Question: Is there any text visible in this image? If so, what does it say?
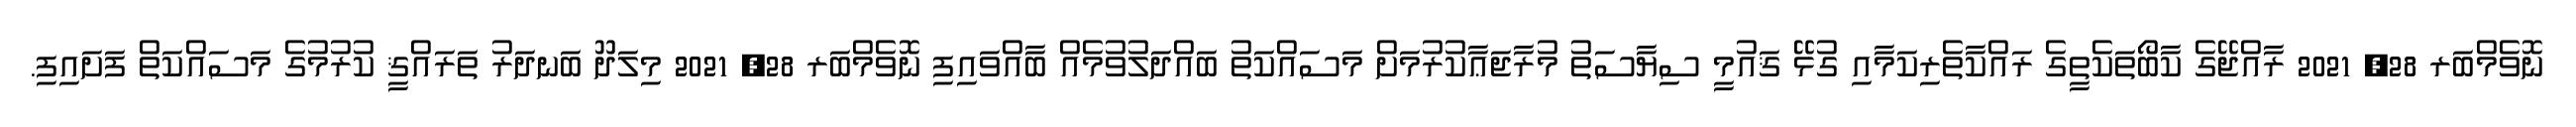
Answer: ނޮވެމްބަރ 28, 2021 ރާއްޖޭގެ ކާބޯތަކެތީގެ ރައްކާތެރިކަމާއި ގުޅޭ ޤައުމީ ސިޔާސަތު މުރާޖަޢާކުރުމަށް މަސައްކަތު ބައްދަލުވުމެއް ބާއްވައިފި ނޮވެމްބަރ 28, 2021 މިލަދޫ ބަނދަރު ތަރައްޤީ ކުރުމުގެ މަސައްކަތް ފަށައިފި.